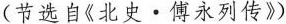
(节选自《北史·傅永列传》)